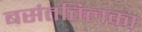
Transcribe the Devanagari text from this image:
बसंततिलका